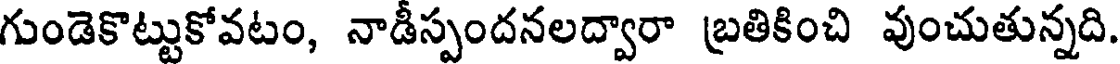
గుండెకొట్టుకోవటం, నాడీస్పందనలద్వారా బ్రతికించి వుంచుతున్నది.